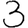
Digit: 3